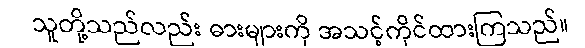
သူတို့သည်လည်း ဓားများကို အသင့်ကိုင်ထားကြသည်။